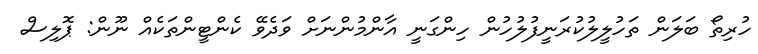
ހުރިތޯ ބަލަން ތަހުލީލުކުރަނީފުލުހުން ހިންގަނީ އާންމުންނަށް ވަދެވޭ ކެންޓީންތަކެއް ނޫން: ޕޮލިސް